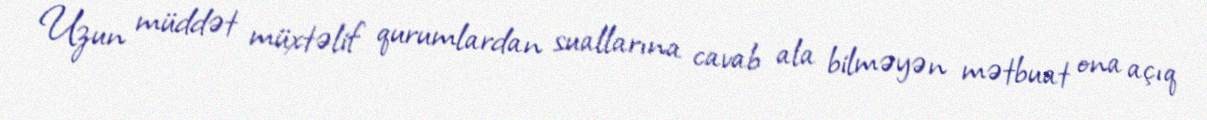
Uzun müddət müxtəlif qurumlardan suallarına cavab ala bilməyən mətbuat ona açıq